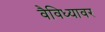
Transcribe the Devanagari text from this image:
वैविध्यावर